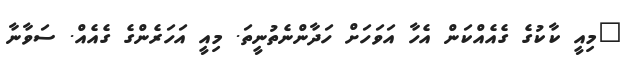
"މިއީ ކާކުގެ ގެއެއްކަން އެހާ އަވަހަށް ހަދާންނެތުނީތަ. މިއީ އަހަރެންގެ ގެއެއް. ސަވާނާ